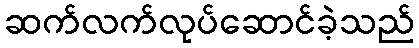
ဆက်လက်လုပ်ဆောင်ခဲ့သည်